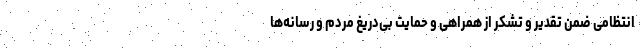
انتظامی ضمن تقدیر و تشکر از همراهی و حمایت بی‌دریغ مردم و رسانه‌ها